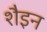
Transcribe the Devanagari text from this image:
शैइन